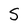
Character: S